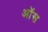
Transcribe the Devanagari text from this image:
ऑस